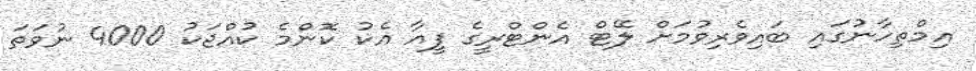
އިމްތިހާނުގައި ބައިވެރިވުމަށް ލޭޓް އެންޓްރީގެ ފީއާ އެކު ކޮންމެ ކުއްޖަކު 4000 ނުވަތަ